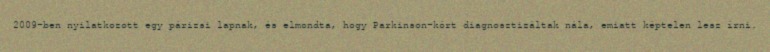
2009-ben nyilatkozott egy párizsi lapnak, és elmondta, hogy Parkinson-kórt diagnosztizáltak nála, emiatt képtelen lesz írni.